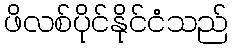
ဖိလစ်ပိုင်နိုင်ငံသည်